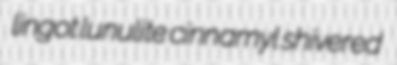
lingot lunulite cinnamyl shivered